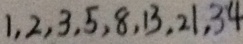
1 , 2 , 3 , 5 , 8 , 1 3 , 2 1 , 3 4